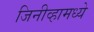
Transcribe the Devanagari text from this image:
जिनीव्हामध्ये